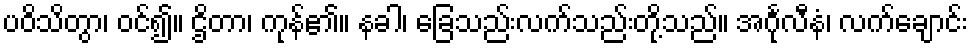
ပဝိသိတွာ၊ ဝင်၍။ ဌိတာ၊ ကုန်၏။ နခါ၊ ခြေသည်းလက်သည်းတို့သည်။ အင်္ဂုလီနံ၊ လက်ချောင်း